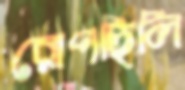
রোপছিলি